Scottish Leaving Certificate Examination, 1958
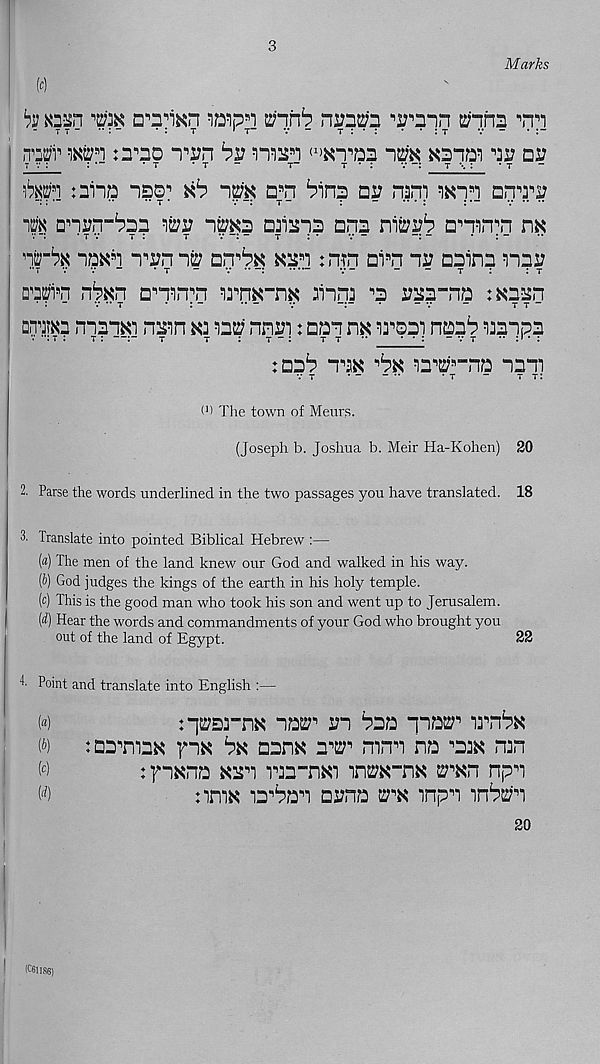
3
Marks
hi Knsn ra
■’srmn
^
T t - •• : -
• : t
' t”
v -
t : * : • * : t
v - • :~
n^r Mn
n^n bv man (i >kt?32 n^ xanm ni? nv
t v :
: •"
* t
* t
-
t-
t • :
v
t ••. :
* t
)bm :3iiQ nsp^
nm D s n ^in? nu nani wnn ann^
m anyp-^a?
n^a caiapa apa
anan^n nx
't~% np«n Tan n?; arr^
mth ai fl n na aaina naa
Dai{?'i 9 n n^n a 9 TTn ; !3 ,, nK"nK anna 9 a aaa-na :«aan
onraa manai nain w aata; nnai: aan nK la^aai naa^ mnpa
:aa^ tsk 'bx aa^B“na nam
V T
* - “ "
* T
“
t t:
(>) The town of Menrs.
(Joseph b. Joshua b. Meir Ha-Kohen) 20
2. Parse the words underlined in the two passages you have translated. 18
3. Translate into pointed Biblical Hebrew :—
(«) The men of the land knew our God and walked in his way.
(b) God judges the kings of the earth in his holy temple.
(c) This is the good man who took his son and went up to Jerusalem.
(d) Hear the words and commandments of your God who brought you
out of the land of Egypt.
22
^ Point and translate into English :—
(«)
:“j5tfEjrnN ioet in bna "pw 1 irr6N
w
tarrrrnK }nK
Dsna rrtr mm m
mn
w
: pNm
riD-nxi T\m-m 2; B Kn np B i
( rf )
nmx
ayno m inp B i
(06118$)
20